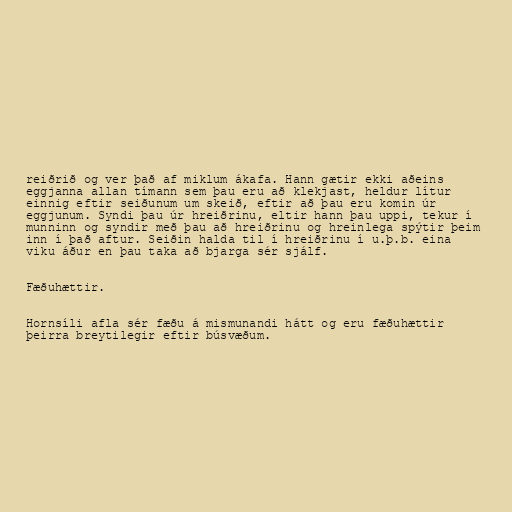
reiðrið og ver það af miklum ákafa. Hann gætir ekki aðeins
eggjanna allan tímann sem þau eru að klekjast, heldur lítur
einnig eftir seiðunum um skeið, eftir að þau eru komin úr
eggjunum. Syndi þau úr hreiðrinu, eltir hann þau uppi, tekur í
munninn og syndir með þau að hreiðrinu og hreinlega spýtir þeim
inn í það aftur. Seiðin halda til í hreiðrinu í u.þ.b. eina
viku áður en þau taka að bjarga sér sjálf.

Fæðuhættir.

Hornsíli afla sér fæðu á mismunandi hátt og eru fæðuhættir
þeirra breytilegir eftir búsvæðum.